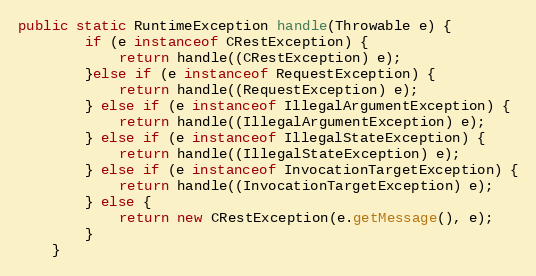
Language: Java
public static RuntimeException handle(Throwable e) {
        if (e instanceof CRestException) {
            return handle((CRestException) e);
        }else if (e instanceof RequestException) {
            return handle((RequestException) e);
        } else if (e instanceof IllegalArgumentException) {
            return handle((IllegalArgumentException) e);
        } else if (e instanceof IllegalStateException) {
            return handle((IllegalStateException) e);
        } else if (e instanceof InvocationTargetException) {
            return handle((InvocationTargetException) e);
        } else {
            return new CRestException(e.getMessage(), e);
        }
    }